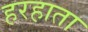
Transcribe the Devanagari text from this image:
हरहाता